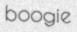
boogie